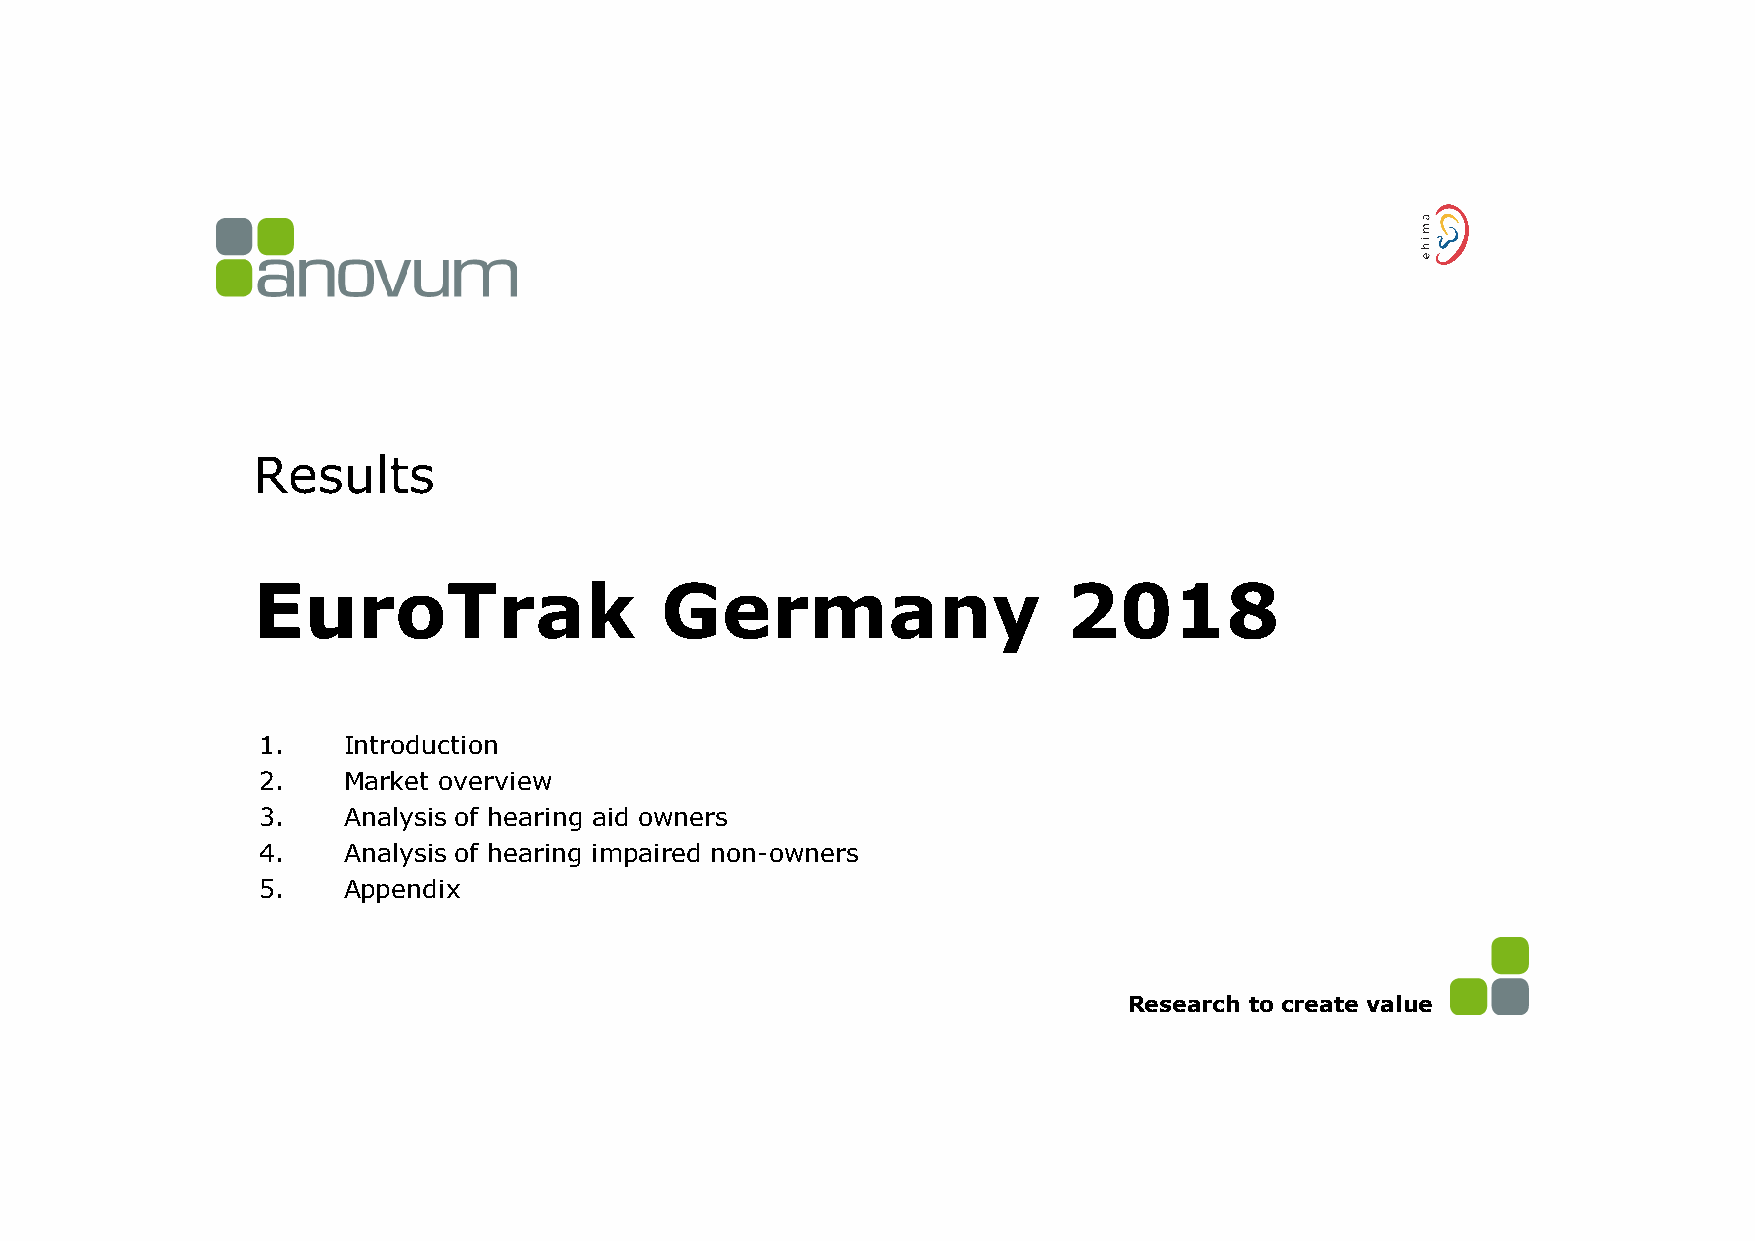
Results
 EuroTrak                   Germany                    2018
 1.    Introduction
 2.    Market overview
 3.    Analysis of hearing aid owners
 4.    Analysis of hearing impaired non-owners
 5.    Appendix
 Research to create value